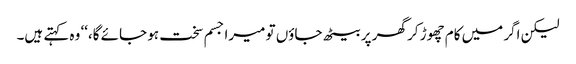
لیکن اگر میں کام چھوڑ کر گھر پر بیٹھ جاؤں تو میرا جسم سخت ہو جائے گا،‘‘ وہ کہتے ہیں۔